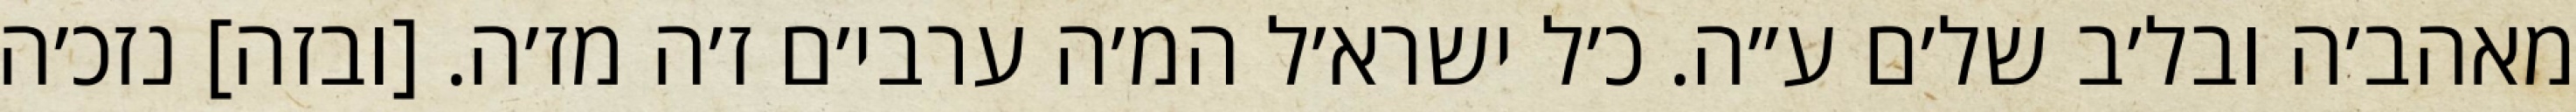
מאהב׳ה ובל׳ב של׳ם ע״ה. כ׳ל ישרא׳ל המ׳ה ערבי׳ם ז׳ה מז׳ה. [ובזה] נזכ׳ה